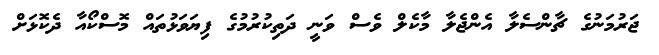
ޖަރުމަނުގެ ޗާންސެލާ އެންޖެލާ މާކެލް ވެސް ވަނީ ދަތިކުރުމުގެ ފިޔަވަޅުތައް މޮސްކޯއާ ދެކޮޅަށް